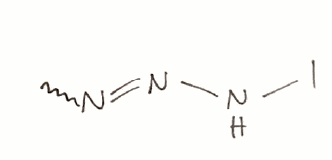
Simplified molecular-input line-entry system (SMILES) notation of the given molecule:
CN=NNI